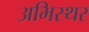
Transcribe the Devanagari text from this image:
अभिस्थर